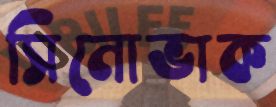
সিনোভাক